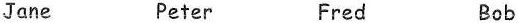
Jane Peter Fred Bob